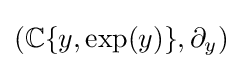
{\textstyle (\mathbb {C} \{y,\exp(y)\},\partial _{y})}